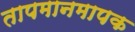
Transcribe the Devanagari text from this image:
तापमानमापक